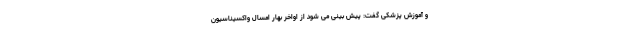
و آموزش پزشکی گفت: پیش بینی می شود از اواخر بهار امسال واکسیناسیون